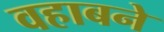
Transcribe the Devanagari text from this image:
वहाबने